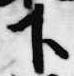
下